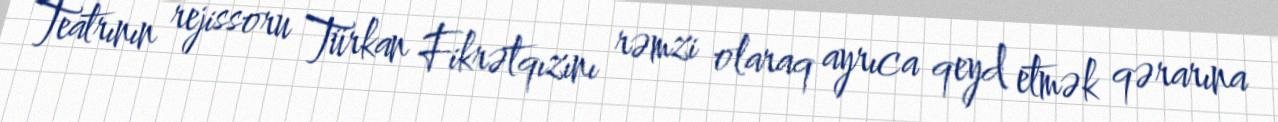
Teatrının rejissoru Türkan Fikrətqızını rəmzi olaraq ayrıca qeyd etmək qərarına